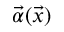
\vec { \alpha } ( \vec { x } )